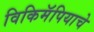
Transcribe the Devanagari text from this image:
विकिमॅपियाचे